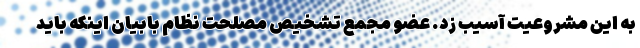
به این مشروعیت آسیب زد. عضو مجمع تشخیص مصلحت نظام بابیان اینکه باید